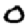
Digit: 0